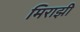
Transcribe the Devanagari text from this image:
मिराझी